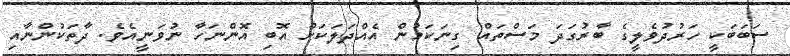
ސަބަބަކީ ހަރުދުވެލީގެ ބާރުގަދަ މަސްތައް ގިނަކަމުން އެއްދަލަކަށް އޮބި އޮންނަހާ ނުވަނީއެވެ. ދާތަކުންނާއި